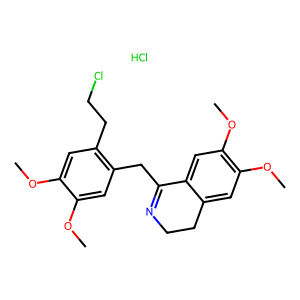
SMILES: COc1cc(CCCl)c(CC2=NCCc3cc(OC)c(OC)cc32)cc1OC.Cl
Inhibits HIV replication: No